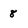
Character: 8